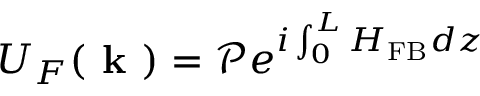
U _ { F } ( \textbf { k } ) = \mathcal { P } e ^ { i \int _ { 0 } ^ { L } { H _ { \mathrm { F B } } d z } }